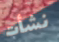
نشأت